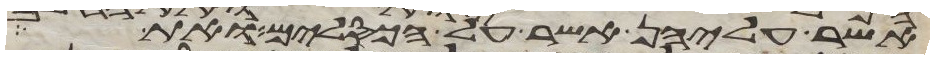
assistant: אשר עליהן אשר על הכסלים ואת